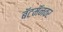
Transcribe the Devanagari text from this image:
बॅटमॅनवर